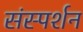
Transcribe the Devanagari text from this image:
संस्पर्शन